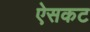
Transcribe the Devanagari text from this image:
ऐसकट